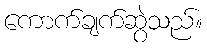
ကောက်ချက်ဆွဲသည်။